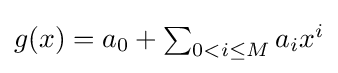
{\textstyle g(x)=a_{0}+\sum _{0<i\leq M}a_{i}x^{i}}